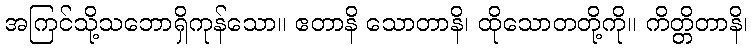
အကြင်သို့သဘောရှိကုန်သော။ ဧတာနိ သောတာနိ၊ ထိုသောတတို့ကို။ ကိတ္တိတာနိ၊